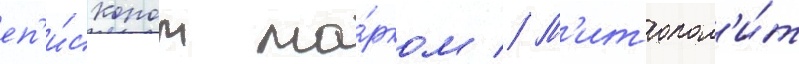
еп'и́скопом ма́рком // М'итропол'и́т